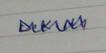
Signature authenticity: genuine